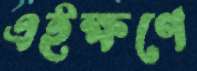
এইক্ষণে